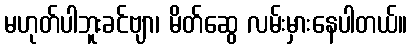
မဟုတ်ပါဘူးခင်ဗျာ၊ မိတ်ဆွေ လမ်းမှားနေပါတယ်။